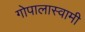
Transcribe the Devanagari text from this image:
गोपालास्वामी